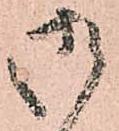
御